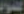
الحمود